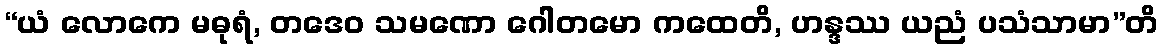
“ယံ လောကေ မဓုရံ, တဒေဝ သမဏော ဂေါတမော ကထေတိ, ဟန္ဒဿ ယညံ ပသံသာမာ”တိ